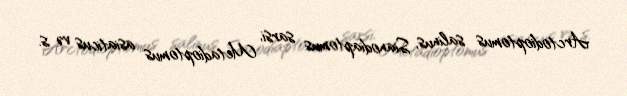
Arctodioptomus salinus, Sianodiaptomus sarsi, Metadioptomus asiaticus və s.